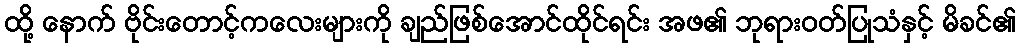
ထို့ နောက် ဗိုင်းတောင့်ကလေးများကို ချည်ဖြစ်အောင်ထိုင်ရင်း အဖ၏ ဘုရားဝတ်ပြုသံနှင့် မိခင်၏